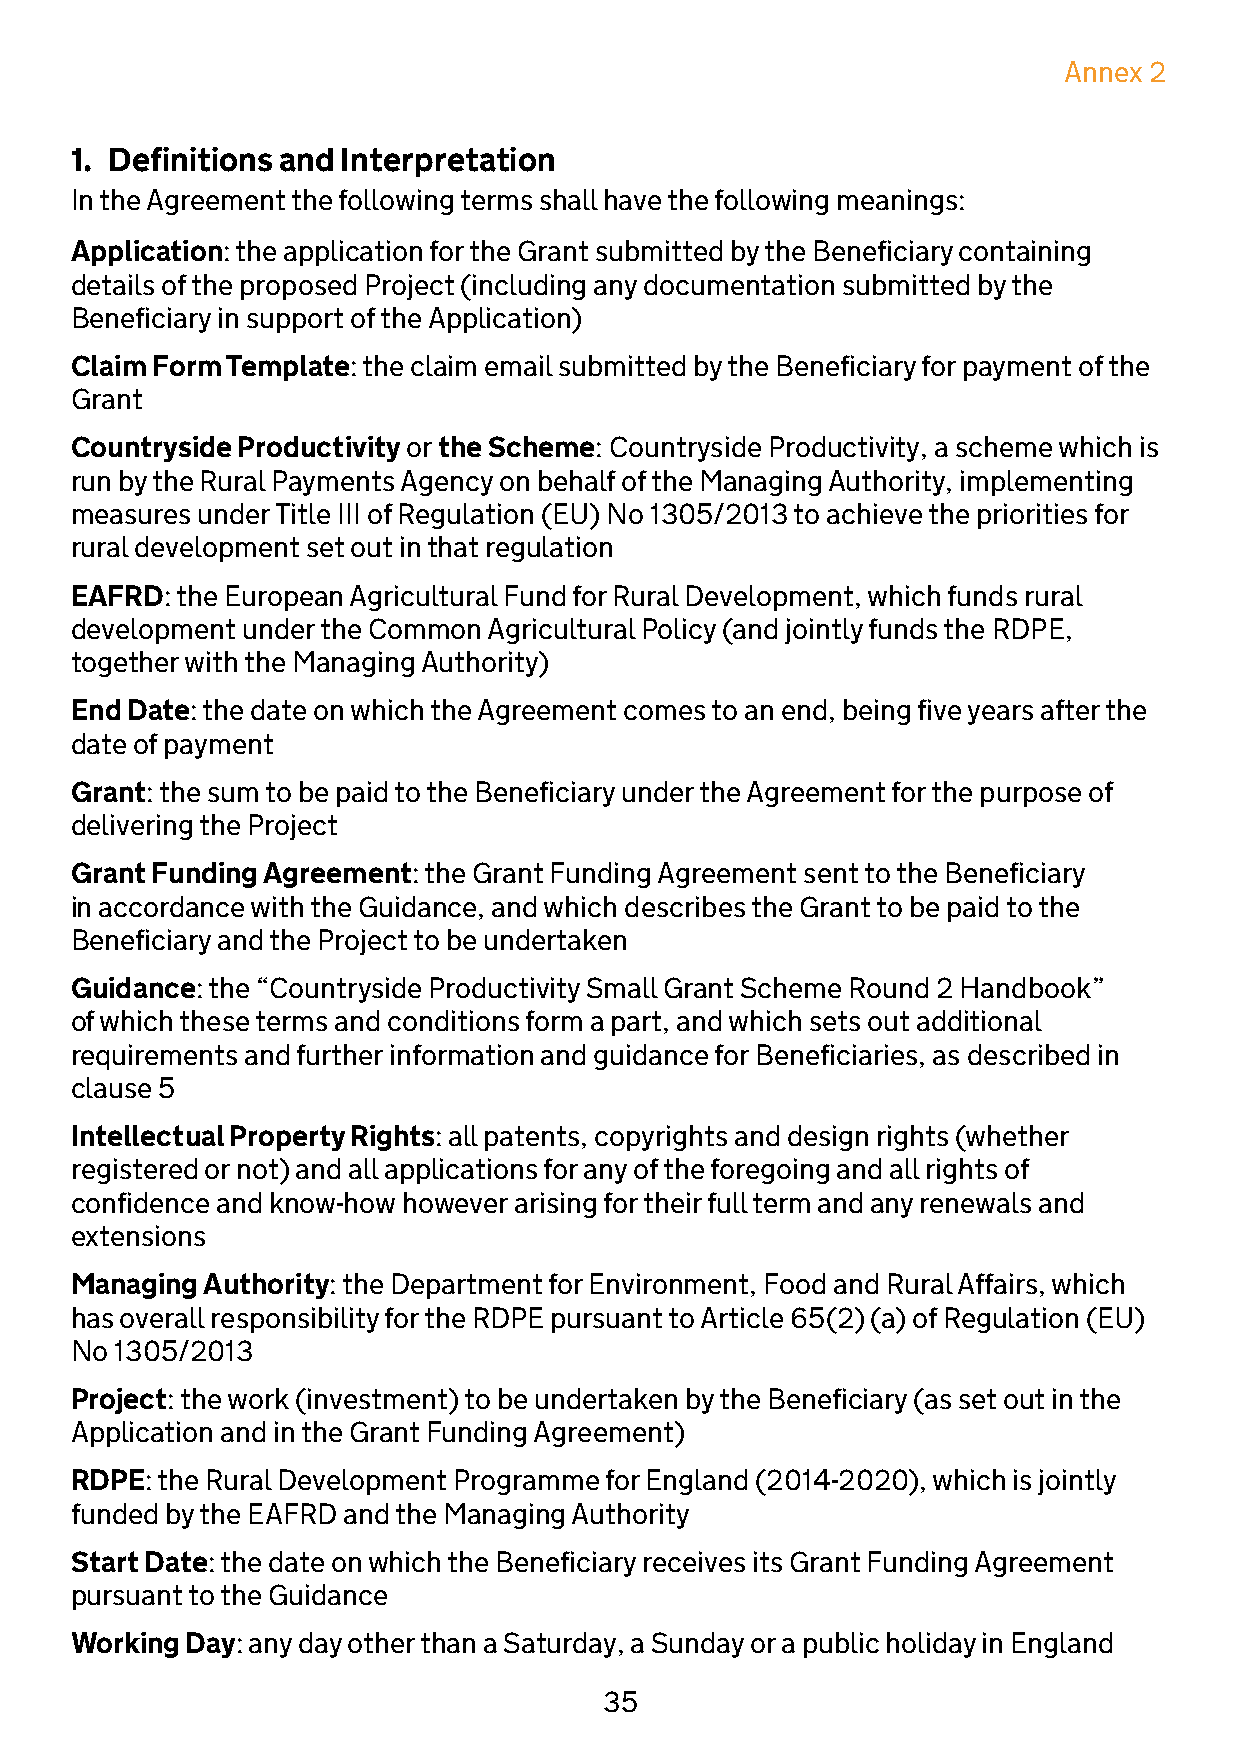
Annex 2
 1. Definitions and Interpretation
 In the Agreement the following terms shall have the following meanings:
 Application: the application for the Grant submitted by the Beneficiary containing
 details of the proposed Project (including any documentation submitted by the
 Beneficiary in support of the Application)
 Claim Form Template: the claim email submitted by the Beneficiary for payment of the
 Grant
 Countryside Productivity or the Scheme: Countryside Productivity, a scheme which is
 run by the Rural Payments Agency on behalf of the Managing Authority, implementing
 measures under Title III of Regulation (EU) No 1305/2013 to achieve the priorities for
 rural development set out in that regulation
 EAFRD: the European Agricultural Fund for Rural Development, which funds rural
 development under the Common Agricultural Policy (and jointly funds the RDPE,
 together with the Managing Authority)
 End Date: the date on which the Agreement comes to an end, being five years after the
 date of payment
 Grant: the sum to be paid to the Beneficiary under the Agreement for the purpose of
 delivering the Project
 Grant Funding Agreement: the Grant Funding Agreement sent to the Beneficiary
 in accordance with the Guidance, and which describes the Grant to be paid to the
 Beneficiary and the Project to be undertaken
 Guidance: the “Countryside Productivity Small Grant Scheme Round 2 Handbook”
 of which these terms and conditions form a part, and which sets out additional
 requirements and further information and guidance for Beneficiaries, as described in
 clause 5
 Intellectual Property Rights: all patents, copyrights and design rights (whether
 registered or not) and all applications for any of the foregoing and all rights of
 confidence and know-how however arising for their full term and any renewals and
 extensions
 Managing Authority: the Department for Environment, Food and Rural Affairs, which
 has overall responsibility for the RDPE pursuant to Article 65(2) (a) of Regulation (EU)
 No 1305/2013
 Project: the work (investment) to be undertaken by the Beneficiary (as set out in the
 Application and in the Grant Funding Agreement)
 RDPE: the Rural Development Programme for England (2014-2020), which is jointly
 funded by the EAFRD and the Managing Authority
 Start Date: the date on which the Beneficiary receives its Grant Funding Agreement
 pursuant to the Guidance
 Working Day: any day other than a Saturday, a Sunday or a public holiday in England
 35